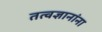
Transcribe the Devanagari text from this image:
तत्वज्ञानांना